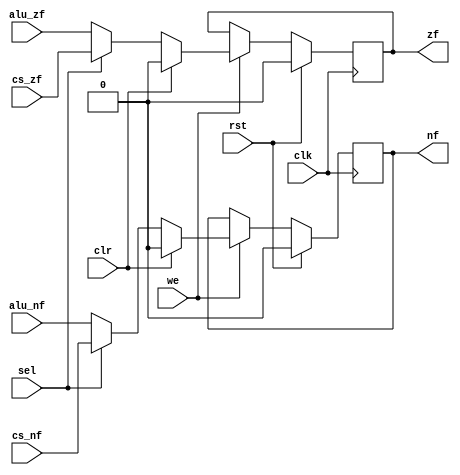
`timescale 1ns / 1ps
`default_nettype none
//`define DBG

module Zn(
    input wire rst,
    input wire clk,
    input wire cs_zf,
    input wire cs_nf,
    input wire alu_zf,
    input wire alu_nf,
    input wire we, // depending on 'sel' copy 'CallStack' or 'ALU' zn flags
    input wire sel, // selector when 'we', enabled cs_*, disabled alu_* 
    input wire clr, // selector when 'we', clears the flags, has precedence over 'sel'
    output reg zf,
    output reg nf
);
    
always @(posedge clk) begin
    `ifdef DBG
        $display("%0t: clk+: Zn (zf,nf)=(%0d,%0d)", $time, zf, nf);
    `endif

    if (rst) begin
        zf <= 0;
        nf <= 0;
    end else begin
        if (we) begin
            if (clr) begin
                zf <= 0;
                nf <= 0;
            end else begin
                zf <= sel ? cs_zf : alu_zf;
                nf <= sel ? cs_nf : alu_nf;
            end
        end
    end
end    
    
endmodule

`undef DBG
`default_nettype wire